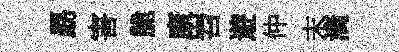
勗害脆康岧遊仲末滴